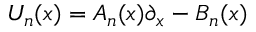
U _ { n } ( x ) = A _ { n } ( x ) \partial _ { x } - B _ { n } ( x )